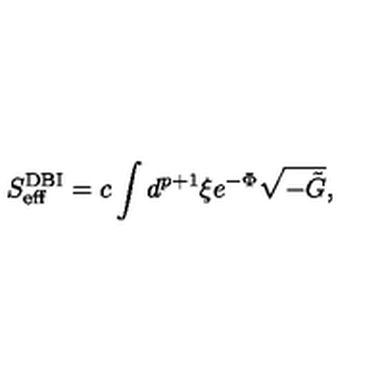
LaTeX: S _ { \mathrm { e f f } } ^ { \mathrm { D B I } } = c \int d ^ { p + 1 } \xi e ^ { - \Phi } \sqrt { - \tilde { G } } ,